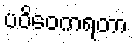
ပဝိဝေကရတာ